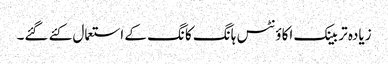
زیادہ تر بینک اکاؤنٹس ہانگ کانگ کے استعمال کئے گئے۔